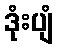
ဒုံးပျံ